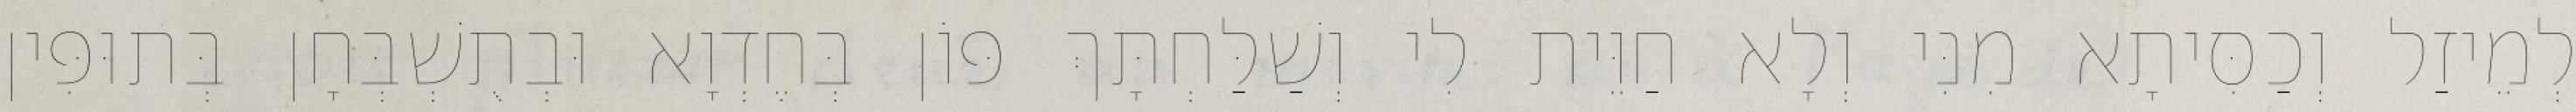
לְמֵיזַל וְכַסִּיתָא מִנִּי וְלָא חַוֵּית לִי וְשַׁלַּחְתָּךְ פּוֹן בְּחֶדְוָא וּבְתֻשְׁבְּחָן בְּתוּפִּין